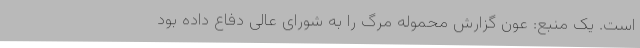
است. یک منبع: عون گزارش محموله مرگ را به شورای عالی دفاع داده بود